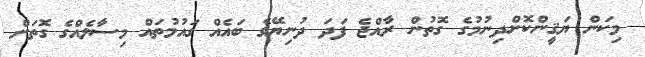
މިކަން ޔަޤީންކޮށްދިނުމުގެ ގޮތުން ރާއްޖެ ފަދަ ދުނިޔޭގެ ބައެއް ގައުމުތައް މިސާލެއްގެ ގޮތަށް